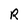
Character: R